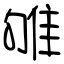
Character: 雊